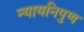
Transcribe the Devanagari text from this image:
न्यायनिपुण